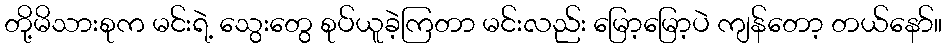
တို့မိသားစုက မင်းရဲ့ သွေးတွေ စုပ်ယူခဲ့ကြတာ မင်းလည်း မြော့မြော့ပဲ ကျန်တော့ တယ်နော်။